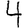
Digit: 4